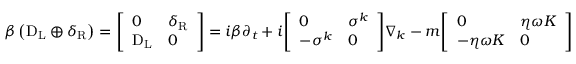
\beta \left( \mathrm { D } _ { \mathrm { { L } } } \oplus \delta _ { \mathrm { { R } } } \right) = { \left[ \begin{array} { l l } { 0 } & { \delta _ { \mathrm { { R } } } } \\ { \mathrm { D } _ { \mathrm { { L } } } } & { 0 } \end{array} \right] } = i \beta \partial _ { t } + i { \left[ \begin{array} { l l } { 0 } & { \sigma ^ { k } } \\ { - \sigma ^ { k } } & { 0 } \end{array} \right] } \nabla _ { k } - m { \left[ \begin{array} { l l } { 0 } & { \eta \omega K } \\ { - \eta \omega K } & { 0 } \end{array} \right] }